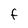
Character: F